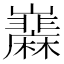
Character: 𡿌